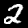
Label: 2